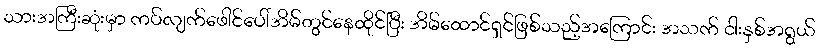
သားအကြီးဆုံးမှာ ကပ်လျက်ဖေါင်ပေါ်အိမ်တွင်နေထိုင်ပြီး အိမ်ထောင်ရှင်ဖြစ်သည့်အကြောင်း အသက် ငါးနှစ်အရွယ်